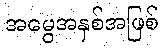
အမွေအနှစ်အဖြစ်